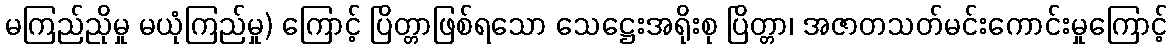
မကြည်ညိုမှု မယုံကြည်မှု) ကြောင့် ပြိတ္တာဖြစ်ရသော သေဋ္ဌေးအရိုးစု ပြိတ္တာ၊ အဇာတသတ်မင်းကောင်းမှုကြောင့်